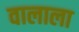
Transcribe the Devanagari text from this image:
वालाला